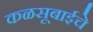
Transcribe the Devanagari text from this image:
कळसूबाईचे